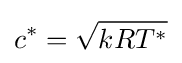
c^{*}={\sqrt {kRT^{*}}}